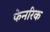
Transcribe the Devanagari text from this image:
फेनरिक